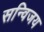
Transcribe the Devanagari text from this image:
सन्विजय